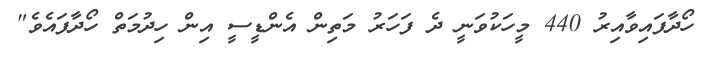
ހޯދާފައިވާއިރު 440 މީހަކުވަނީ ދެ ފަހަރު މަތިން އެންޑީީސީ އިން ހިދުމަތް ހޯދާފައެވެ"